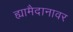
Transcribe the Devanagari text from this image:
ह्यामैदानावर